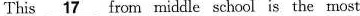
This \underline{17} from riddle scheol is the most